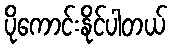
ပိုကောင်းနိုင်ပါတယ်